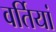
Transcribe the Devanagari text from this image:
वर्तियां